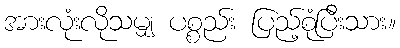
အားလုံးလိုသမျှ ပစ္စည်း ပြည့်စုံပြီးသား။